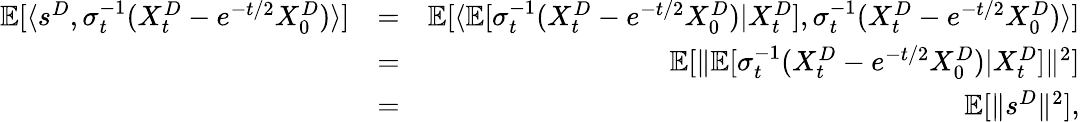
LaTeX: \begin{array}{rlr}{\mathbb{E}[\langle s^{D},\sigma_{t}^{-1}(X_{t}^{D}-e^{-t/2}X_{0}^{D})\rangle]}&{=}&{\mathbb{E}[\langle\mathbb{E}[\sigma_{t}^{-1}(X_{t}^{D}-e^{-t/2}X_{0}^{D})|X_{t}^{D}],\sigma_{t}^{-1}(X_{t}^{D}-e^{-t/2}X_{0}^{D})\rangle]}\\ &{=}&{\mathbb{E}[\| \mathbb{E}[\sigma_{t}^{-1}(X_{t}^{D}-e^{-t/2}X_{0}^{D})|X_{t}^{D}]\| ^{2}]}\\ &{=}&{\mathbb{E}[\| s^{D}\| ^{2}],}\end{array}